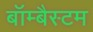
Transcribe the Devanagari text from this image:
बॉम्बैस्टम